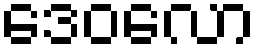
ဒေဝလော